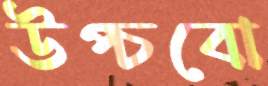
উপ্‌চবো